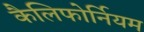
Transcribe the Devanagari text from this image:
कैलिफोर्नियम